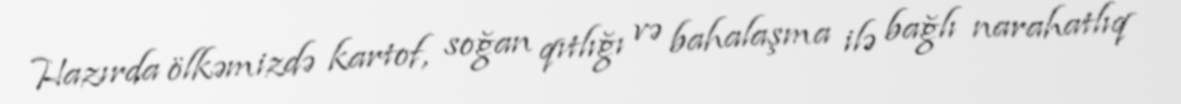
Hazırda ölkəmizdə kartof, soğan qıtlığı və bahalaşma ilə bağlı narahatlıq